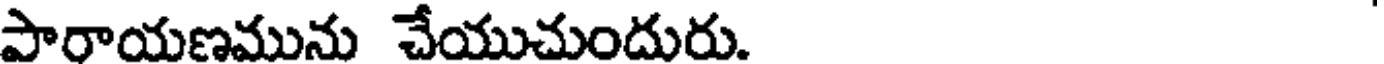
పారాయణమును చేయుచుందురు.